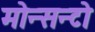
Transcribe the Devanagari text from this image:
मोन्सन्टो